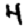
Digit: 4